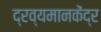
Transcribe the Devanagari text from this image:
द्रव्यमानकेंद्र